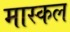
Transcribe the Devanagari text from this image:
मास्कल